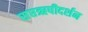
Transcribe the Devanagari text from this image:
सप्तऋषीदर्शन